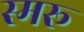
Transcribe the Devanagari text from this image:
स्मरू